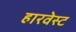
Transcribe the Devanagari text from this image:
हारवेस्ट